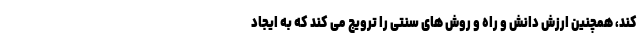
کند، همچنین ارزش دانش و راه و روش های سنتی را ترویج می کند که به ایجاد